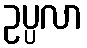
ဥပ္ပလာ